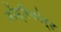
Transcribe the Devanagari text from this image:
बॉड्रिकोर्ट